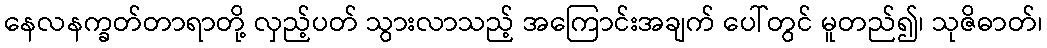
နေလနက္ခတ်တာရာတို့ လှည့်ပတ် သွားလာသည့် အကြောင်းအချက် ပေါ်တွင် မူတည်၍၊ သုဇိဓာတ်၊